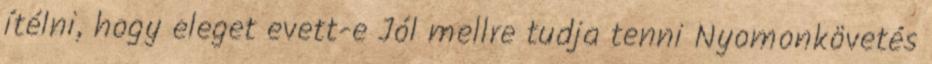
ítélni, hogy eleget evett-e Jól mellre tudja tenni Nyomonkövetés